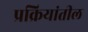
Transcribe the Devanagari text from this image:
प्रक्रियांतील